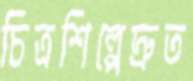
চিত্রশিল্পেদ্রুত